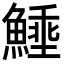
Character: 𩺖